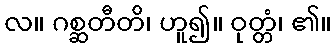
လ။ ဂစ္ဆတီတိ၊ ဟူ၍။ ဝုတ္တံ၊ ၏။